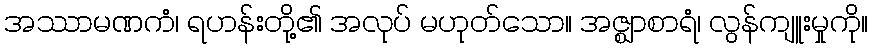
အဿာမဏကံ၊ ရဟန်းတို့၏ အလုပ် မဟုတ်သော။ အဇ္ဈာစာရံ၊ လွန်ကျူးမှုကို။